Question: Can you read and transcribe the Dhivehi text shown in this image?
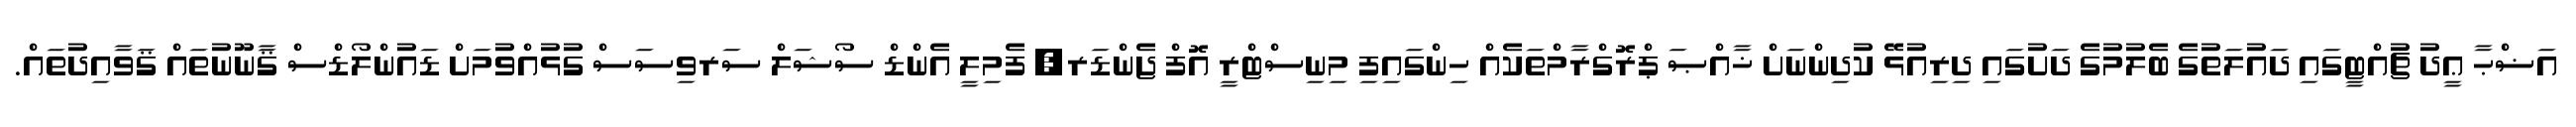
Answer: އަޟްޙާ ޢީދު ޗުއްޓީގައި ދައުލަތުގެ ބެލުމުގެ ދަށުގައި ދިރިއުޅޭ ކުދިންނަށް ޚާއްޞަ ޕްރޮގްރާމްތަކެއް ހިންގައިފި މިނިސްޓްރީ އޮފް ޖެންޑަރ, ފެމިލީ އެންޑް ސޯޝަލް ސަރވިސަސް ގުޅުއްވުމަށް ޑައުންލޯޑްސް ޤާނޫނުތައް ޤަވާއިދުތައް.